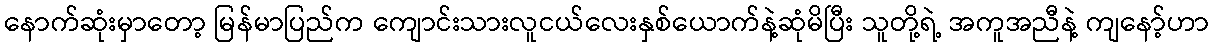
နောက်ဆုံးမှာတော့ မြန်မာပြည်က ကျောင်းသားလူငယ်လေးနှစ်ယောက်နဲ့ဆုံမိပြီး သူတို့ရဲ့ အကူအညီနဲ့ ကျနော့်ဟာ